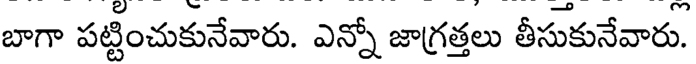
బాగా పట్టించుకునేవారు. ఎన్నో జాగ్రత్తలు తీసుకునేవారు.